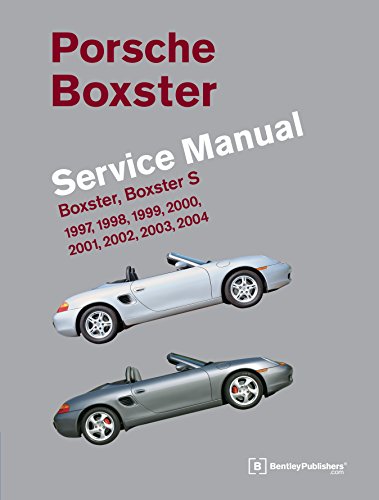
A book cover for Porsche Boxster, Boxster S Service Manual: 1997-2004; Bentley Publishers; Engineering & Transportation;